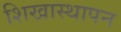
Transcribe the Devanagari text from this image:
शिखास्थापन